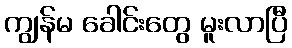
ကျွန်မ ခေါင်းတွေ မူးလာပြီ